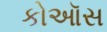
કોઑસ